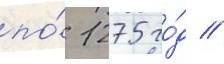
по́ 1275 го́д //